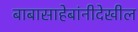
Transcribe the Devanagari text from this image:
बाबासाहेबांनीदेखील